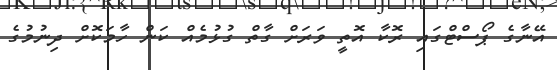
އޭނާގެ ޕޯސްޓްގައި ރޮކާ އޮތީ ވަރަށް ގާތް ގުޅުމެއް ކަން ހާމަކޮށް ދިނުމުގެ